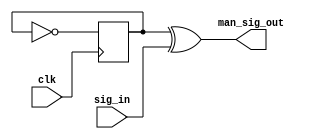
`timescale 1ns / 1ps
module manchester (
    input  clk,
    input  sig_in,
    output man_sig_out
);

reg ck   = 0;
reg ck_r = 0;
always @(posedge clk) begin
    ck <= ck_r;
    ck <= ~ ck;
end

assign man_sig_out = ck ^ sig_in;

endmodule